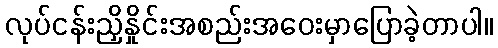
လုပ်ငန်းညှိနှိုင်းအစည်းအဝေးမှာပြောခဲ့တာပါ။